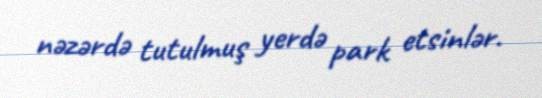
nəzərdə tutulmuş yerdə park etsinlər.